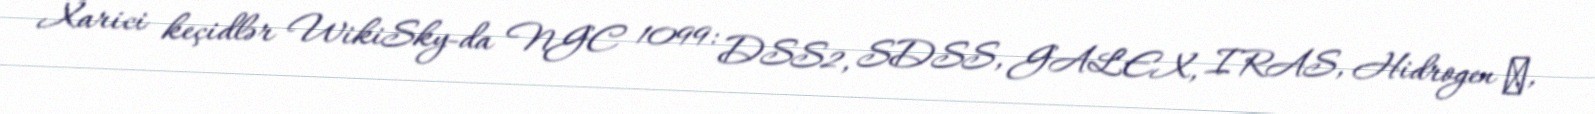
Xarici keçidlər WikiSky-da NGC 1099: DSS2, SDSS, GALEX, IRAS, Hidrogen α,